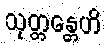
သုတ္တန္တေဟိ